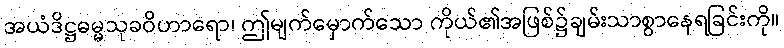
အယံဒိဋ္ဌဓမ္မသုခဝိဟာရော၊ ဤမျက်မှောက်သော ကိုယ်၏အဖြစ်၌ချမ်းသာစွာနေရခြင်းကို။